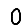
Digit: 0